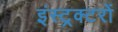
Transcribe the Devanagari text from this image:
इंस्ट्रक्टरों